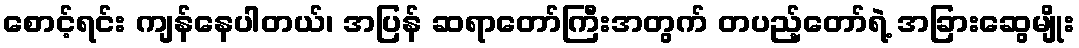
စောင့်ရင်း ကျန်နေပါတယ်၊ အပြန် ဆရာတော်ကြီးအတွက် တပည့်တော်ရဲ့ အခြားဆွေမျိုး